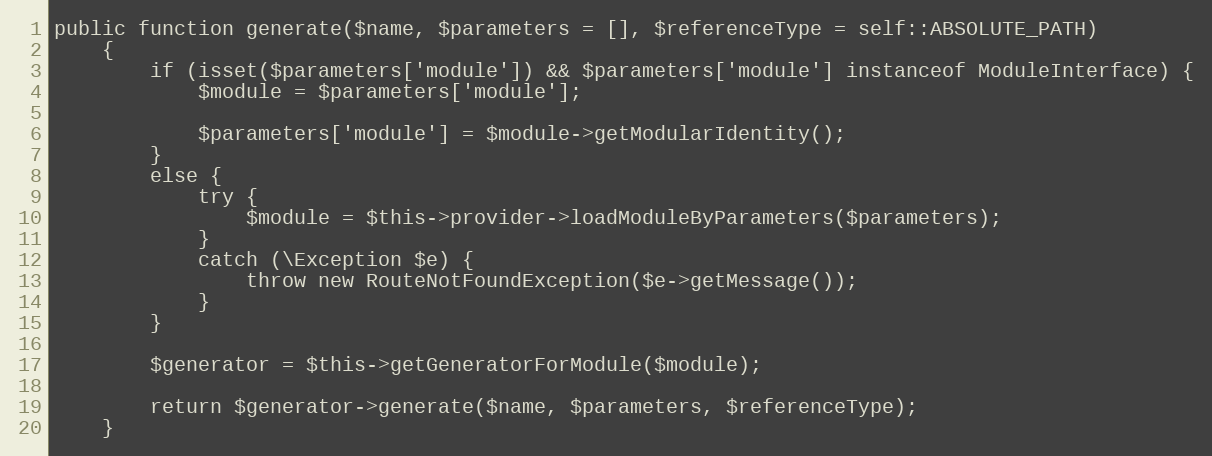
Language: PHP
public function generate($name, $parameters = [], $referenceType = self::ABSOLUTE_PATH)
    {
        if (isset($parameters['module']) && $parameters['module'] instanceof ModuleInterface) {
            $module = $parameters['module'];

            $parameters['module'] = $module->getModularIdentity();
        }
        else {
            try {
                $module = $this->provider->loadModuleByParameters($parameters);
            }
            catch (\Exception $e) {
                throw new RouteNotFoundException($e->getMessage());
            }
        }

        $generator = $this->getGeneratorForModule($module);

        return $generator->generate($name, $parameters, $referenceType);
    }